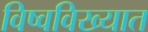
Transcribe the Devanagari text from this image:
विष्वविख्यात